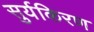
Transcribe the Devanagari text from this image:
सुर्यकिरण